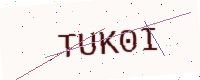
Text: TUK0I